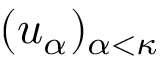
( u _ { \alpha } ) _ { \alpha < \kappa }